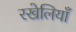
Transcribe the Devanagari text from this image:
रखेलियाँ